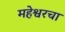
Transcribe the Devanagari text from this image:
महेश्वरचा